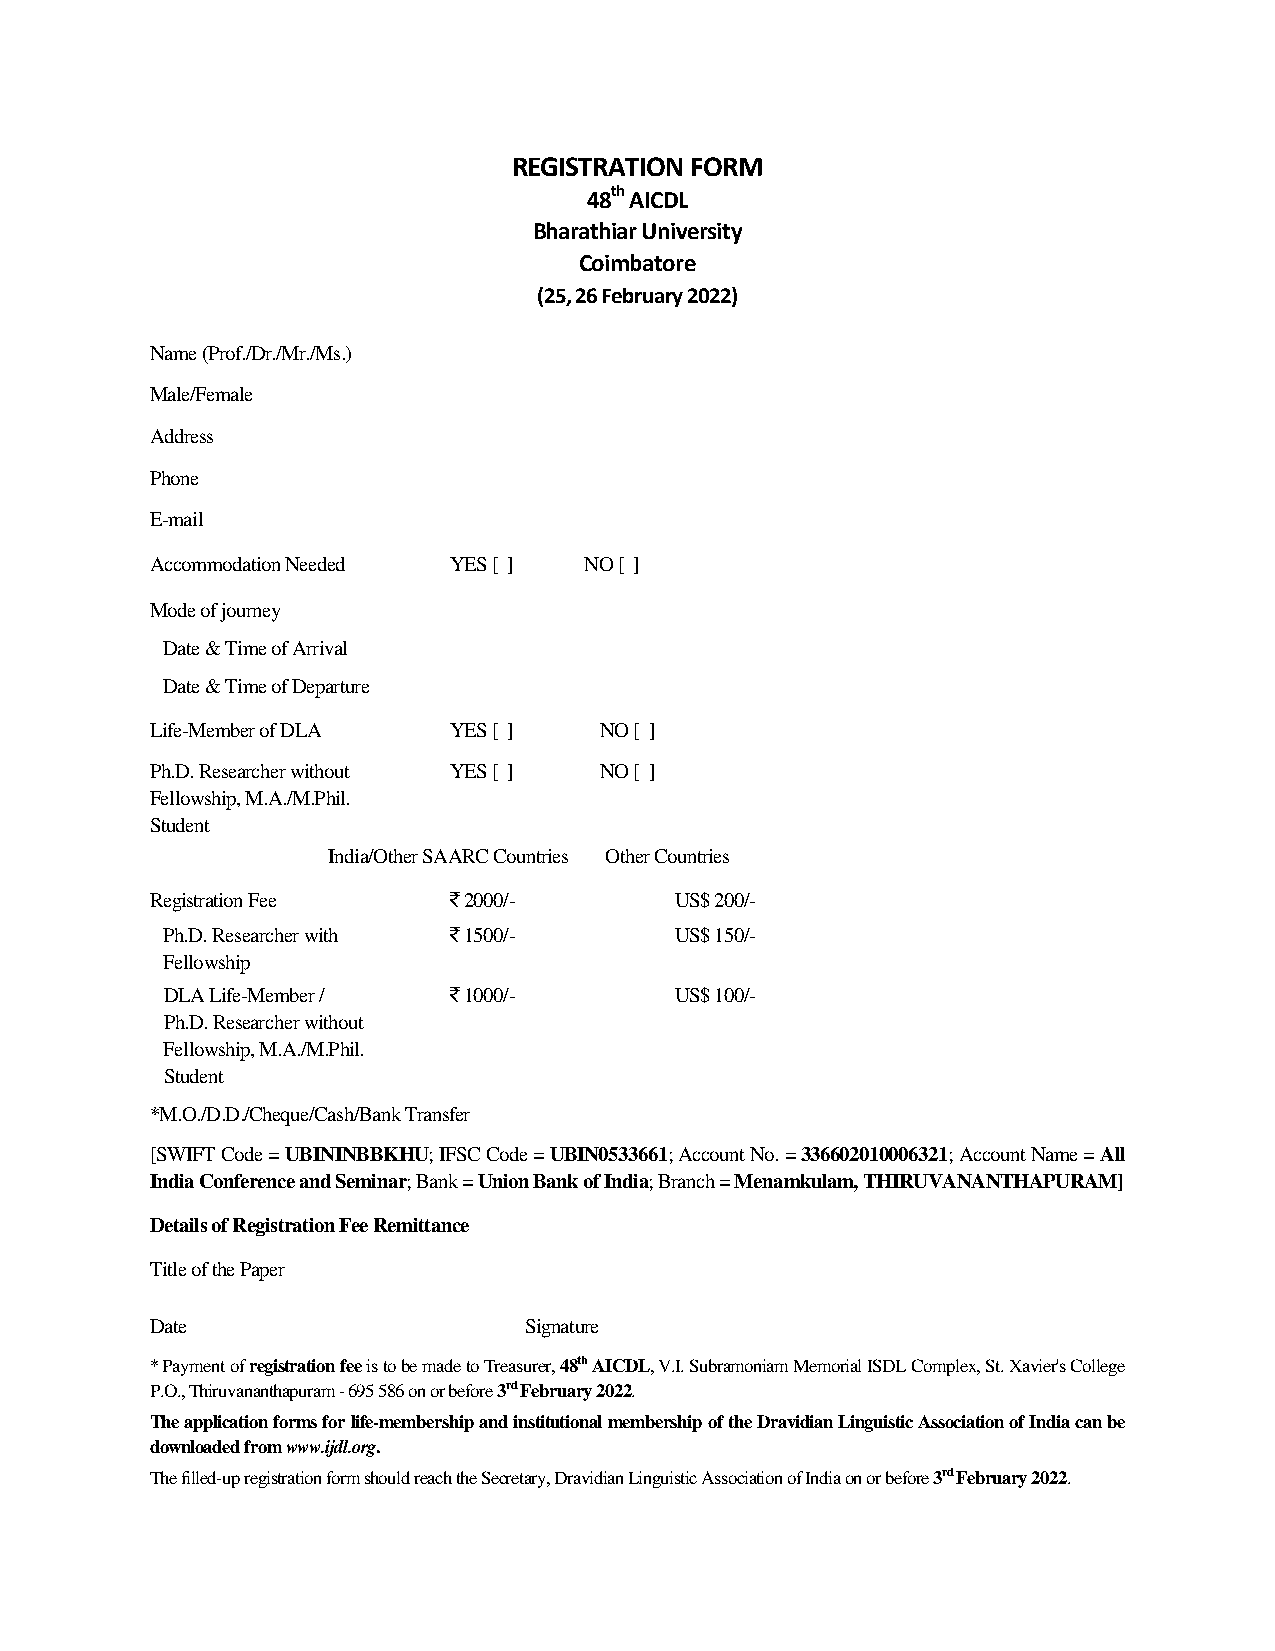
REGISTRATION FORM
 48th AICDL
 Bharathiar University
 Coimbatore
 (25, 26 February 2022)
 Name (Prof./Dr./Mr./Ms.)
 Male/Female
 Address
 Phone
 E-mail
 Accommodation Needed YES [ ] NO [ ]
 Mode of journey
 Date & Time of Arrival
 Date & Time of Departure
 Life-Member of DLA  YES [ ]   NO [ ]
 Ph.D. Researcher without YES [ ] NO [ ]
 Fellowship, M.A./M.Phil.
 Student
 India/Other SAARC Countries Other Countries
 Registration Fee    `2000/-        US$ 200/-
 Ph.D. Researcher with `1500/-     US$ 150/-
 Fellowship
 DLA Life-Member /  `1000/-        US$ 100/-
 Ph.D. Researcher without
 Fellowship, M.A./M.Phil.
 Student
 *M.O./D.D./Cheque/Cash/Bank Transfer
 [SWIFT Code = UBININBBKHU; IFSC Code = UBIN0533661; Account No. = 336602010006321; Account Name = All
 India Conference and Seminar; Bank = Union Bank of India; Branch = Menamkulam, THIRUVANANTHAPURAM]
 Details of Registration Fee Remittance
 Title of the Paper
 Date                     Signature
 * Payment of registration fee is to be made to Treasurer, 48th AICDL, V.I. Subramoniam Memorial ISDL Complex, St. Xavier's College
 P.O., Thiruvananthapuram - 695 586 on or before 3rd February 2022.
 The application forms for life-membership and institutional membership of the Dravidian Linguistic Association of India can be
 downloaded from www.ijdl.org.
 The filled-up registration form should reach the Secretary, Dravidian Linguistic Association of India on or before 3rd February 2022.